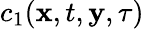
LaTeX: c_{1}(\mathbf x,t,\mathbf y,\tau)